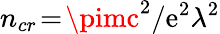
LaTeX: n_{cr}\! =\! \pimc^{2}/\mathrm{e}^{2}\lambda^{2}